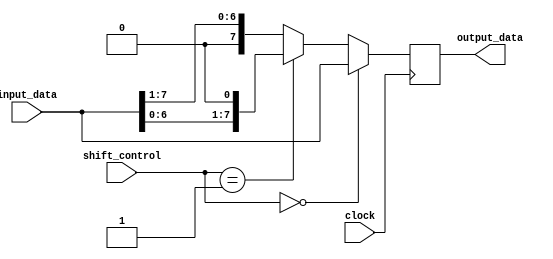
module fixed_point_shift_register (
    input [7:0] input_data,
    input [1:0] shift_control,
    output reg [7:0] output_data,
    input clock
);

reg [7:0] shifted_data;

always @(posedge clock) begin
    if(shift_control == 2'b00) // no shift
        shifted_data <= input_data;
    else if(shift_control == 2'b01) // shift left
        shifted_data <= input_data << 1;
    else // shift right
        shifted_data <= input_data >> 1;
end

assign output_data = shifted_data;

endmodule